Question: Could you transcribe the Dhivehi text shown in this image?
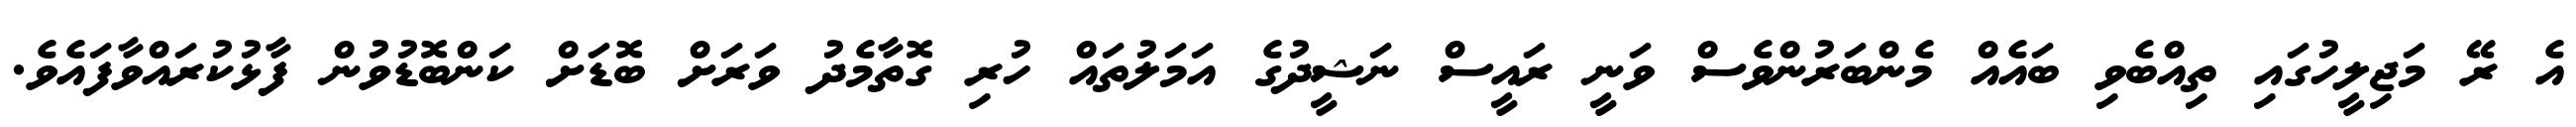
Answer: އެ ރޭ މަޖިލީހުގައި ތިއްބެވި ބައެއް މެންބަރުންވެސް ވަނީ ރައީސް ނަޝީދުގެ އަމަލުތައް ހުރި ގޮތާމެދު ވަރަށް ބޮޑަށް ކަންބޮޑުވުން ފާޅުކުރައްވާފައެވެ.